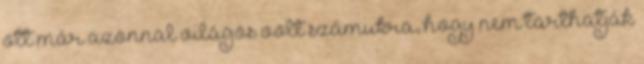
ott már azonnal világos volt számukra, hogy nem tarthatják